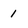
Character: 1